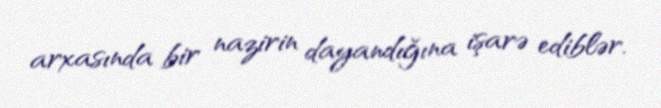
arxasında bir nazirin dayandığına işarə ediblər.